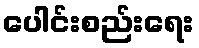
ပေါင်းစည်းရေး